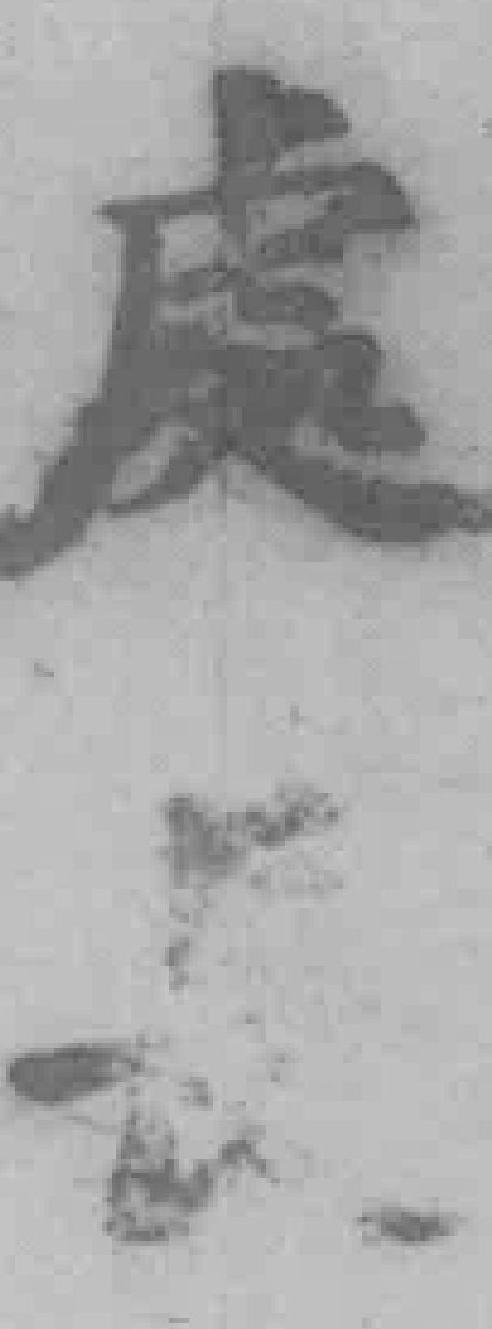
處*